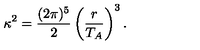
\kappa ^ { 2 } = \frac { ( 2 \pi ) ^ { 5 } } { 2 } \left( \frac { r } { T _ { A } } \right) ^ { 3 } .